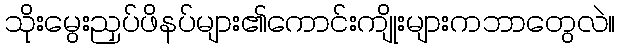
သိုးမွေးညှပ်ဖိနပ်များ၏ကောင်းကျိုးများကဘာတွေလဲ။